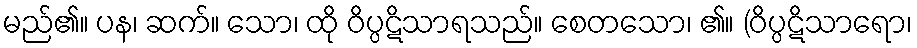
မည်၏။ ပန၊ ဆက်။ သော၊ ထို ဝိပ္ပဋိသာရသည်။ စေတသော၊ ၏။ (ဝိပ္ပဋိသာရော၊